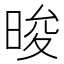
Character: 晙